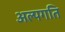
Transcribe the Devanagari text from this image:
अल्पगति